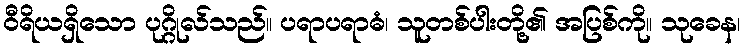
ဝီရိယရှိသော ပုဂ္ဂိုလ်သည်။ ပရာပရာဓံ၊ သူတစ်ပါးတို့၏ အပြစ်ကို။ သုခေန၊